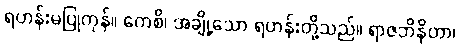
ရဟန်းမပြုကုန်။ ကေစိ၊ အချို့သော ရဟန်းတို့သည်။ ရာဇဘိနိတာ၊